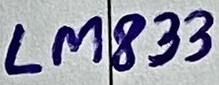
Text: LM833